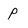
Character: p